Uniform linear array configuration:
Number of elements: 32
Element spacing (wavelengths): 0.75
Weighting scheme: uniform
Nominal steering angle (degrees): -45
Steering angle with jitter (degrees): -46.125
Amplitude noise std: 0.05
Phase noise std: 0.05

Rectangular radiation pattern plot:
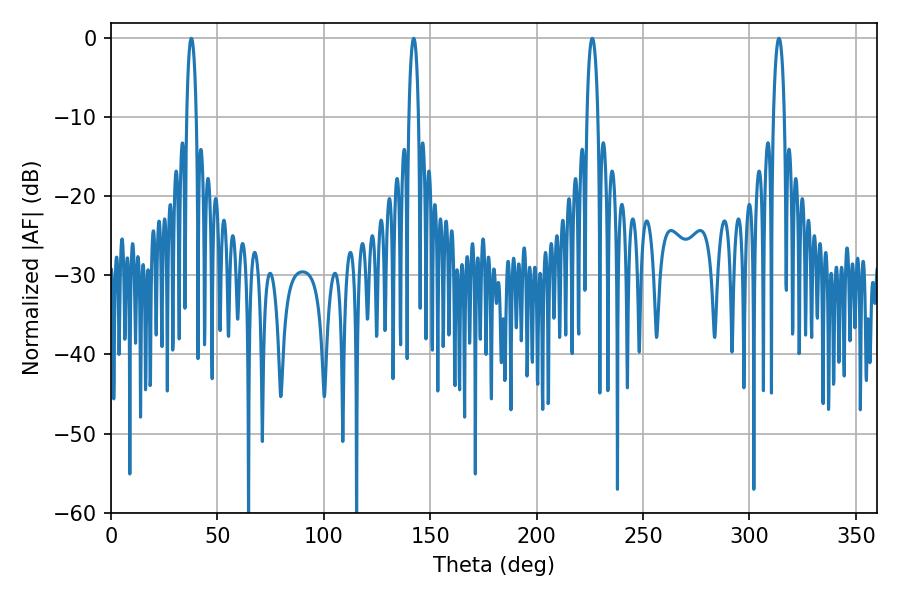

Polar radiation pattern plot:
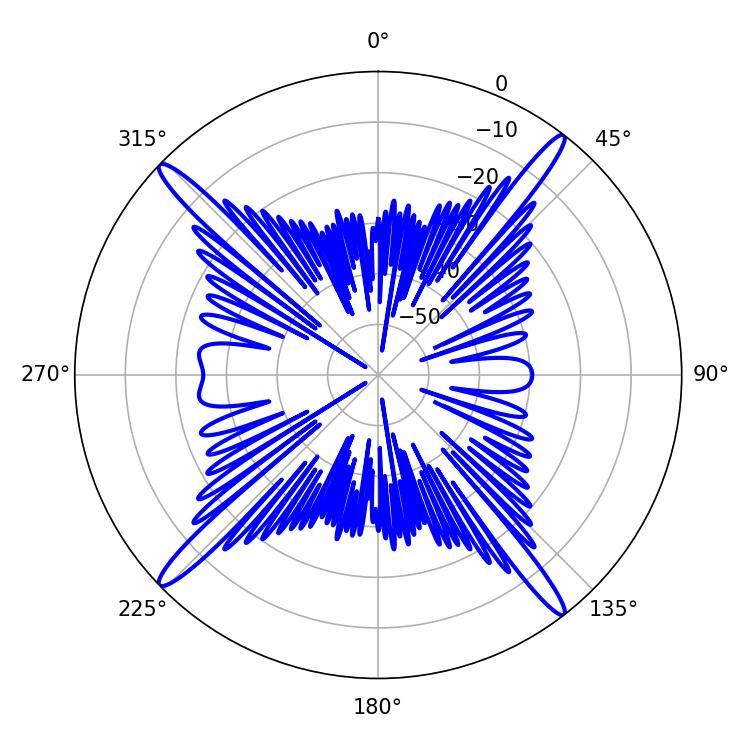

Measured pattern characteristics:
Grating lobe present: TRUE
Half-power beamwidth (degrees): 2.52
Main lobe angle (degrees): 142.2